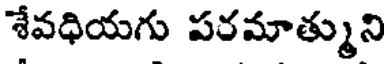
శేవధియగు పరమాత్ముని